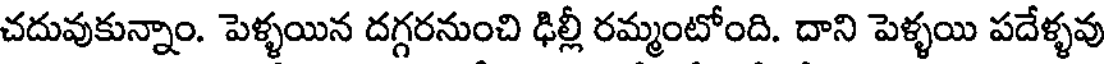
చదువుకున్నాం. పెళ్ళయిన దగ్గరనుంచి ఢిల్లీ రమ్మంటోంది. దాని పెళ్ళయి పదేళ్ళవు